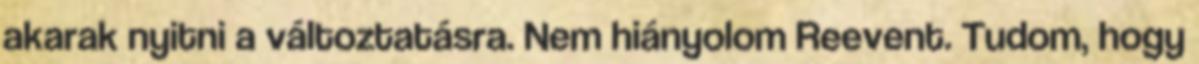
akarak nyitni a változtatásra. Nem hiányolom Reevent. Tudom, hogy